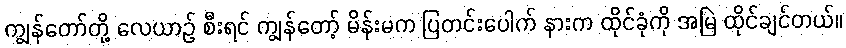
ကျွန်တော်တို့ လေယာဉ် စီးရင် ကျွန်တော့် မိန်းမက ပြတင်းပေါက် နားက ထိုင်ခုံကို အမြဲ ထိုင်ချင်တယ်။